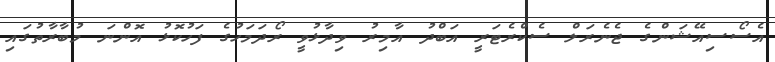
އެސޯސިއޭޝަންގެ ޖެނެރަލް ސެކްރެޓަރީ އަބްދު އާމިރު ވިދާޅުވީ ރޯދަމަހުގެ ފަހުކޮޅު އޮންނަ މުބާރާތުގައި